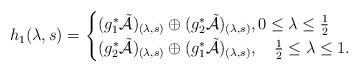
LaTeX: \begin{align*}h_1(\lambda,s)=\begin{cases}(g^\ast_1\tilde{\mathcal{A}})_{(\lambda,s)}\oplus(g^\ast_2\tilde{\mathcal{A}})_{(\lambda,s)},0\leq \lambda\leq\frac{1}{2}\\(g^\ast_2\tilde{\mathcal{A}})_{(\lambda,s)}\oplus (g^\ast_1\tilde{\mathcal{A}})_{(\lambda,s)},\quad\frac{1}{2}\leq \lambda\leq 1.\end{cases}\end{align*}